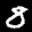
Label: 8